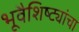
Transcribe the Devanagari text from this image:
भूवैशिष्ट्यांचा